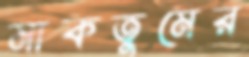
মাকতুমের